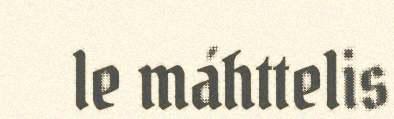
le máhttelis